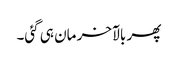
پھر بالآخر مان ہی گئی۔